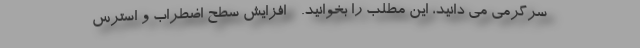
سرگرمی می دانید، این مطلب را بخوانید. - افزایش سطح اضطراب و استرس